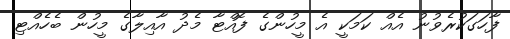
ފާހަގަކުރެވުނު އެއް ކަމަކީ އެ މީހުންގެ ފޮއްޓާ މެދު އާއިލާގެ މީހުން ބެހެއްޓި